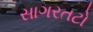
સાગરતટો